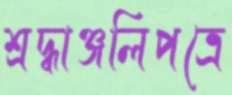
শ্রদ্ধাঞ্জলিপত্রে